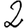
Digit: 2